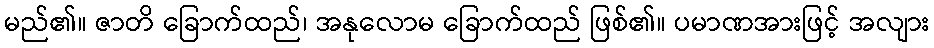
မည်၏။ ဇာတိ ခြောက်ထည်၊ အနုလောမ ခြောက်ထည် ဖြစ်၏။ ပမာဏအားဖြင့် အလျား